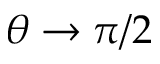
\theta \rightarrow \pi / 2